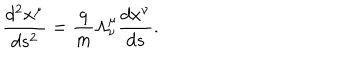
\frac { d ^ { 2 } x ^ { \mu } } { d s ^ { 2 } } = \frac { q } { m } \Lambda _ { \nu } ^ { \mu } \frac { d x ^ { \nu } } { d s } .